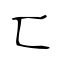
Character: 匸